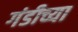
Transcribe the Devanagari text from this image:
गंडीच्या